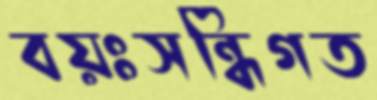
বয়ঃসন্ধিগত